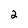
Character: 2